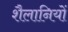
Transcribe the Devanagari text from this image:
शैलानियों